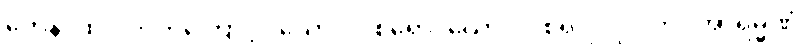
တေန၊ ထို ဝိတက်ကြောင့်။ ယောဂါဝစရော၊ ယောဂါဝစရ ပုဂ္ဂိုလ်ကို။ အာရမ္မဏံ၊